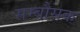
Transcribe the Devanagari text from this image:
सम्बौसक